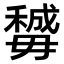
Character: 𣫽